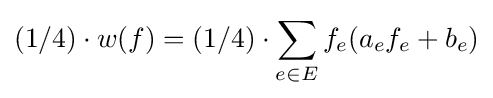
(1/4)\cdot w(f)=(1/4)\cdot \sum _{e\in E}f_{e}(a_{e}f_{e}+b_{e})